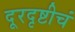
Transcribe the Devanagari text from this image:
दूरदृष्टीचं